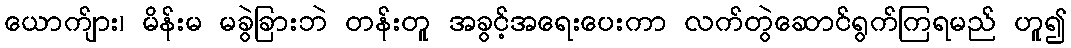
ယောက်ျား၊ မိန်းမ မခွဲခြားဘဲ တန်းတူ အခွင့်အရေးပေးကာ လက်တွဲဆောင်ရွက်ကြရမည် ဟူ၍